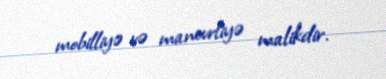
mobilliyə və manevrliyə malikdir.